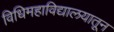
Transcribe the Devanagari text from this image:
विधिमहाविद्यालयातून